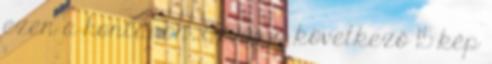
ezen a honlapon. Ez, és a következő 15 kép